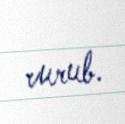
vurub.